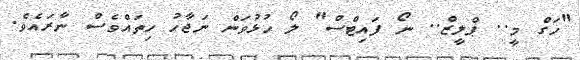
"ހަގް މީ.. ޕްލީޒް.. ނޯ ފައިޓްސް" ލޯ ހުޅުވަން ނަޖާހު ހިތައްވެސް ނާރައެވެ.